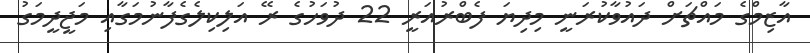
އާޒިމްގެ މައްޗަށް ދައުވާކުރަނީ މިދިޔަ ފެބްރުއަރީ 22 ދުވަހުގެ ރޭ އަލިކިލެގެފާނުމަގާއި މަޖީދީމަގު